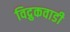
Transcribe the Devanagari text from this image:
विद्रुकवाडी